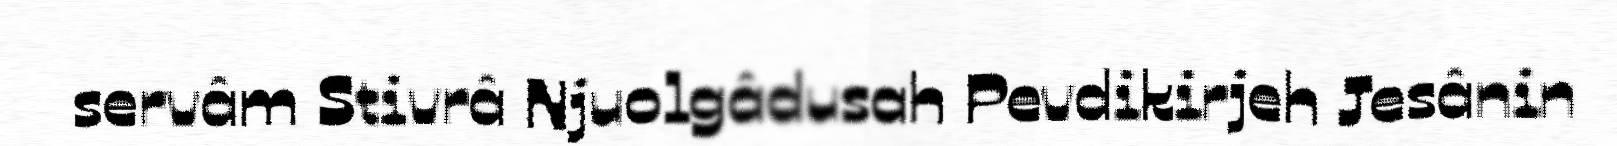
servâm Stivrâ Njuolgâdusah Pevdikirjeh Jesânin